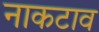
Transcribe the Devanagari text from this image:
नाकटाव